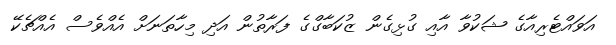
އަވައްޓެރިއާގެ ޝަކުވާ އާއި ގުޅިގެން ޒުކަބާގްގެ ފަރާތުން އަދި މިހާތަނަށް އެއްވެސް އެއްޗެކޭ